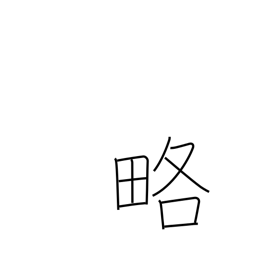
Meaning: outline